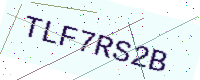
Text: TLF7RS2B